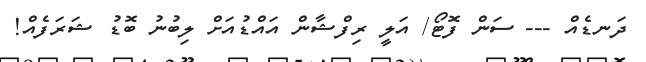
ދަނޑެއް --- ސަން ފޮޓޯ/ އަލީ ރިފްޝާން އައްޑުއަށް ލިބުނު ބޮޑު ޝަރަފެއް!